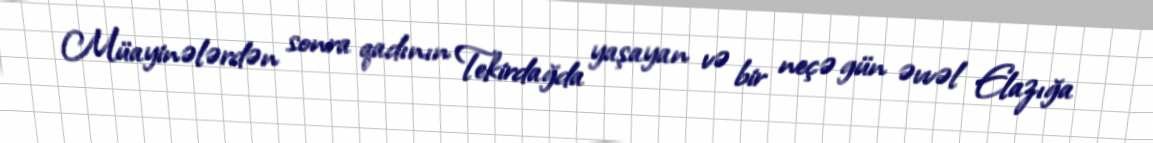
Müayinələrdən sonra qadının Tekirdağda yaşayan və bir neçə gün əvvəl Elazığa